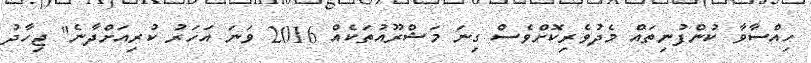
ހިއްސާވާ ކުންފުނިތައް މެދުވެރިކޮށްވެސް ގިނަ މަޝްރޫއުތަކެއް 2016 ވަނަ އަހަރު ކުރިއަށްދާނެ" ޖިހާދު